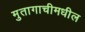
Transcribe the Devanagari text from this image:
मुतागाचीमधील